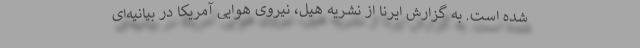
شده است. به گزارش ایرنا از نشریه هیل، نیروی هوایی آمریکا در بیانیه‌ای